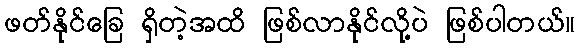
ဖတ်နိုင်ခြေ ရှိတဲ့အထိ ဖြစ်လာနိုင်လို့ပဲ ဖြစ်ပါတယ်။